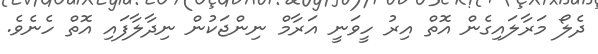
ދެލޯ މަރާލައިގެން އޮތް އިރު ހީވަނީ އަރާމް ނިންޖަކުން ނިދާލާފައި އޮތް ހެނެވެ.